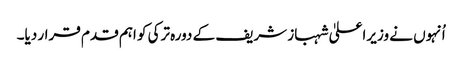
اُنہوں نے وزیراعلیٰ شہباز شریف کے دورہ ترکی کو اہم قدم قرار دیا۔